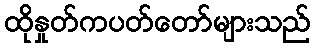
ထိုနှုတ်ကပတ်တော်များသည်